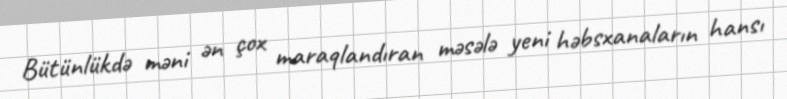
Bütünlükdə məni ən çox maraqlandıran məsələ yeni həbsxanaların hansı